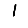
Digit: 1